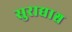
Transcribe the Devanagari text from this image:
सुराद्याश्च